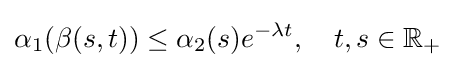
\alpha _{1}(\beta (s,t))\leq \alpha _{2}(s)e^{-\lambda t},\quad t,s\in \mathbb {R} _{+}